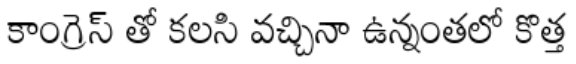
కాంగ్రెస్ తో కలసి వచ్చినా ఉన్నంతలో కొత్త